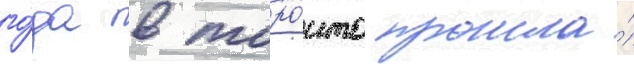
го́да в торо́нто прошла́